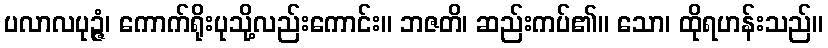
ပလာလပုဉ္ဇံ၊ ကောက်ရိုးပုသို့လည်းကောင်း။ ဘဇတိ၊ ဆည်းကပ်၏။ သော၊ ထိုရဟန်းသည်။